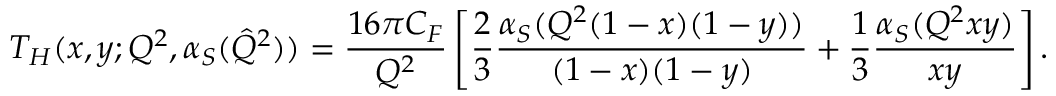
T _ { H } ( x , y ; Q ^ { 2 } , \alpha _ { S } ( \hat { Q } ^ { 2 } ) ) = \frac { 1 6 \pi C _ { F } } { Q ^ { 2 } } \left[ \frac 2 3 \frac { \alpha _ { S } ( Q ^ { 2 } ( 1 - x ) ( 1 - y ) ) } { ( 1 - x ) ( 1 - y ) } + \frac 1 3 \frac { \alpha _ { S } ( Q ^ { 2 } x y ) } { x y } \right] .